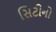
સિટીનો